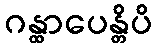
ဂန္ထာပေန္တိပိ